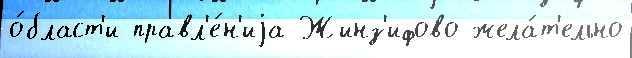
о́бласт'и правл'е́н'иjа Жинз'ифово жела́т'ельно